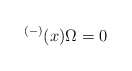
\begin{align*}^{(-)}(x)\Omega =0\end{align*}